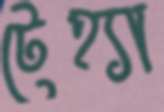
টেহ্যা